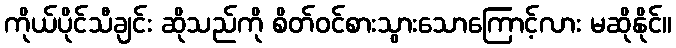
ကိုယ်ပိုင်သီချင်း ဆိုသည်ကို စိတ်ဝင်စားသွားသောကြောင့်လား မဆိုနိုင်။